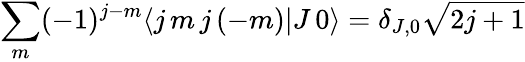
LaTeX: \sum_{m}(-1)^{j-m}\langle j\, m\, j\, (-m)|J\, 0\rangle=\delta_{J,0}{\sqrt{2j+1}}